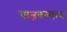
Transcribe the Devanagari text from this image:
याज्ञवल्कय